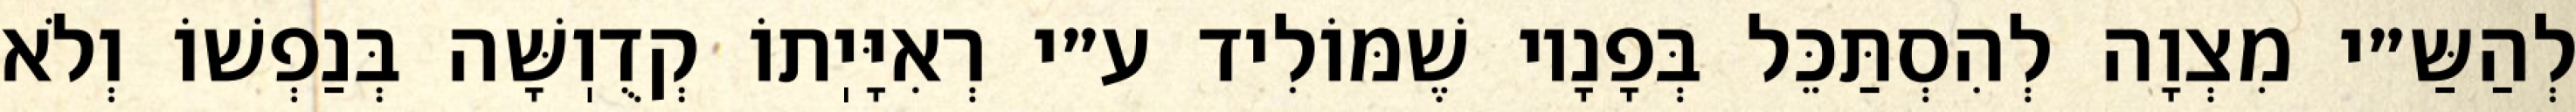
לְהַשַּ״י מִצְוָה לְהִסְתַּכֵּל בְּפָנָיו שֶׁמּוֹלִיד ע״י רְאִיָּיֽתוֹ קְדֻוֽשָּׁה בְּנַפְשׁוֹ וְלֹא